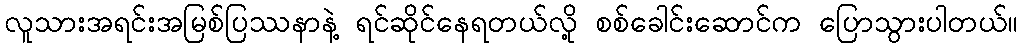
လူသားအရင်းအမြစ်ပြဿနာနဲ့ ရင်ဆိုင်နေရတယ်လို့ စစ်ခေါင်းဆောင်က ပြောသွားပါတယ်။